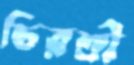
চিরশ্রী